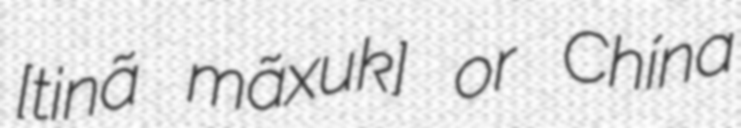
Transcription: [tʃʰiꜜnã mãxuθꜜkɐ] or Chína